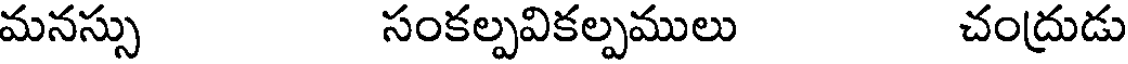
మనస్సు సంకల్పవికల్పములు చంద్రుడు